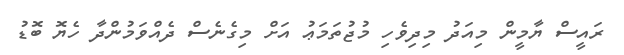
ރައީސް ޔާމީން މިއަދު މިދިވެހި މުޖުތަމަޢު އަށް މިގެނެސް ދެއްވަމުންދާ ހެޔޮ ބޮޑު